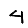
Digit: 4